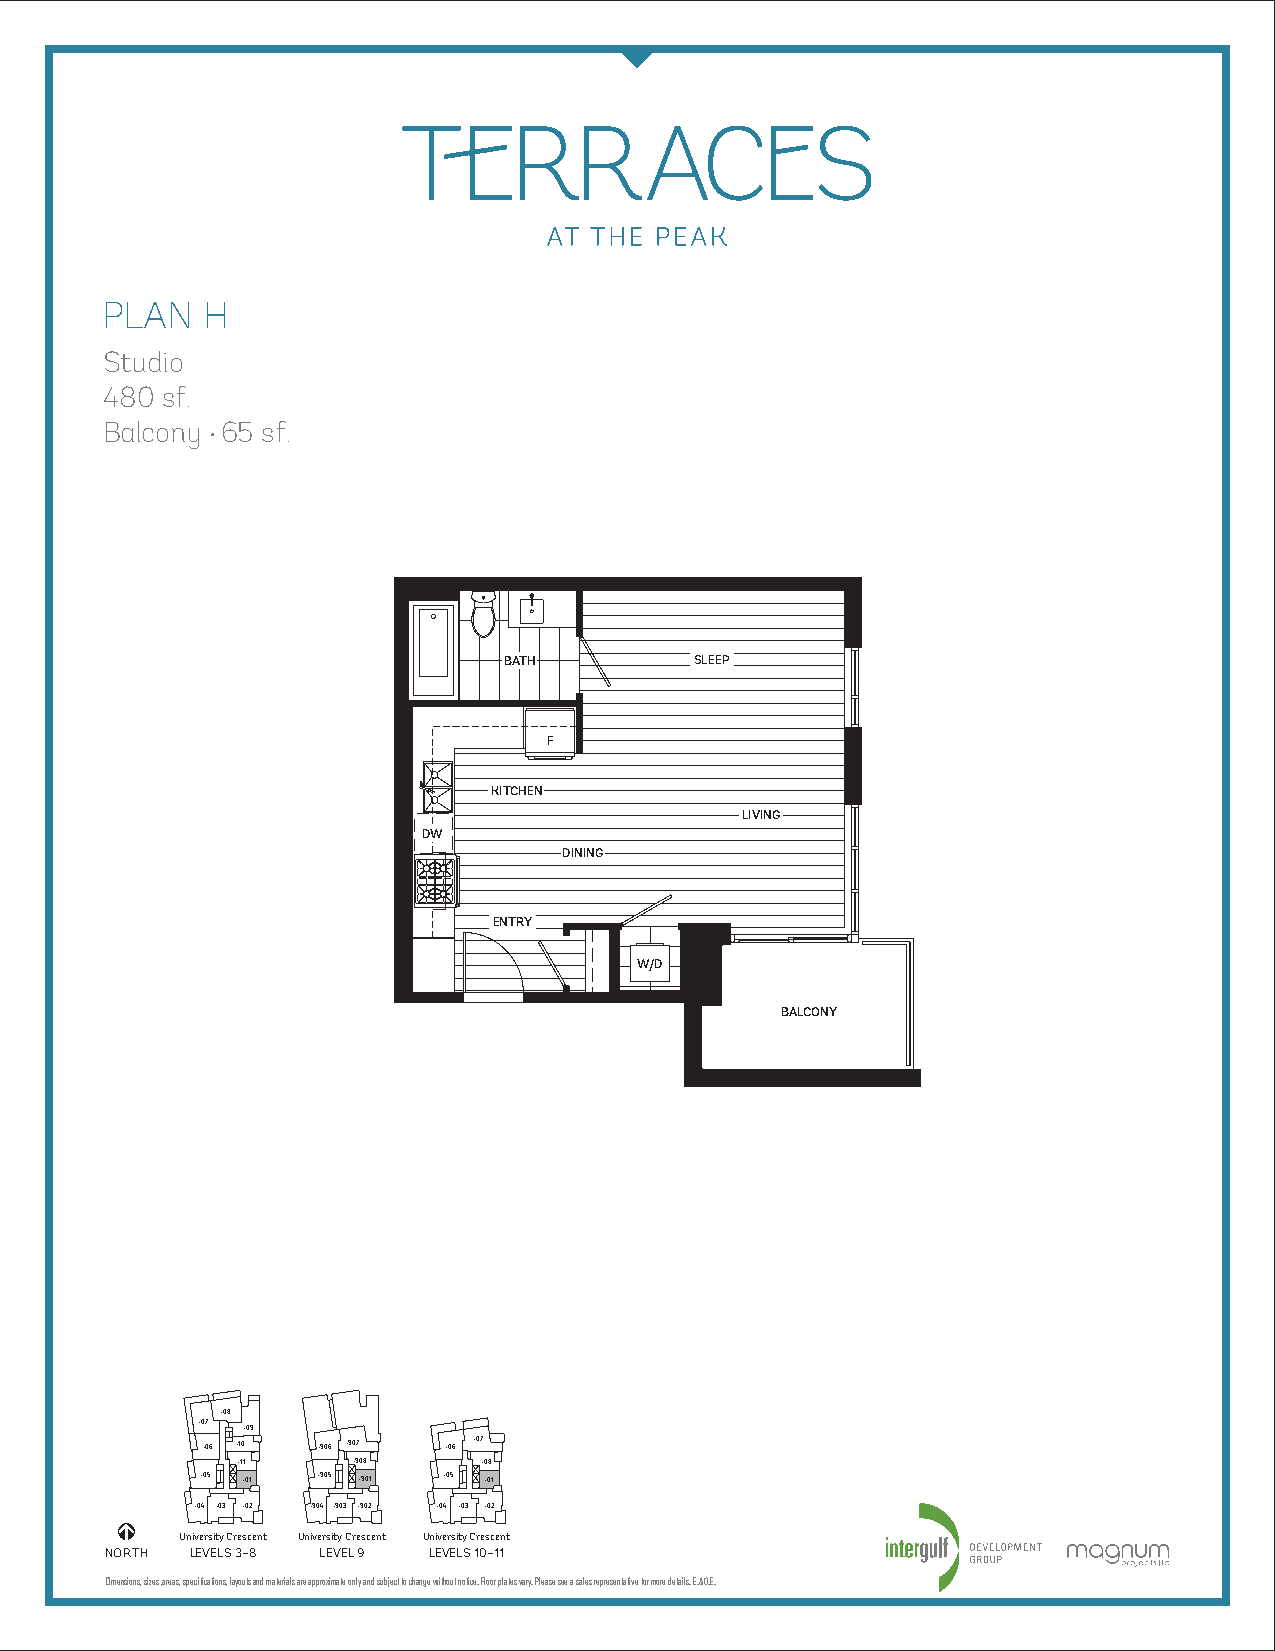
PLAN  H
 Studio
 480 sf.
 Balcony •65 sf.
 BATH         SLEEP
 F
 KITCHEN
 LIVING
 DW
 DINING
 ENTRY
 W/D
 BALCONY
 –08
 –07
 –09
 –06 –10 –906 –907 –06 –07
 –11    –908     –08
 –05 –01 –905 –901 –05 –01
 –04 –03 –02 –904 –903 –902 –04 –03 –02
 University Crescent University Crescent University Crescent
 NORTH LEVELS 3–8 LEVEL 9 LEVELS 10–11
 Dimensions, sizes, areas, specifications, layouts and materials are approximate only and subject to change without notice. Floor plates vary. Please see a sales representative for more details. E.&O.E.